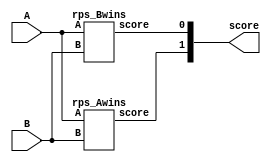
module rps_toplevel(A,B,score);
input [2:0] A,B;
output [2:0]score;
wire [5:0] decide;
assign decide={A,B};
//Structural Modeling
rps_Awins rpsa(A,B,score[1]);
rps_Bwins rpsb(A,B,score[0]);
endmodule
module rps_Awins (A, B, score);
input [2:0] A,B;//Rock-Paper-Scissors
output reg score;//AScore

wire [5:0] decide;
//concatenate A,B in decide
assign decide = {A,B};
//Behavioral Modeling
always @*
case(decide)
	//Cases for A to Win
	//A: Rock B: Scissors 
	6'b100100:
		score=1'b1;
	//A: Paper B: Rock
	6'b010100:
		score=1'b1;
	//A: Scissors B: Paper
	6'b001010:
		score=1'b1;
	default:
		score=1'b0;

endcase

endmodule

module rps_Bwins (A, B, score);
input [2:0] A,B;//Rock-Paper-Scissors
output score;//Score

wire [5:0] decide;
//concatenate A,B in decide
assign decide = {A,B};

//Data Flow Modeling
assign score=(!decide[5]&!decide[4]&decide[3]&decide[2]&!decide[1]&!decide[0])|
	(!decide[5]&decide[4]&!decide[3]&!decide[2]&!decide[1]&decide[0])|
	(decide[5]&!decide[4]&!decide[3]&!decide[2]&decide[1]&!decide[0]);
endmodule